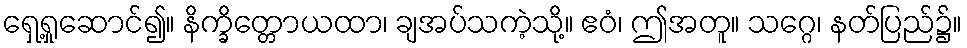
ရှေ့ရှုဆောင်၍။ နိက္ခိတ္တောယထာ၊ ချအပ်သကဲ့သို့။ ဧဝံ၊ ဤအတူ။ သဂ္ဂေ၊ နတ်ပြည်၌။